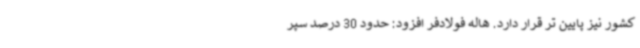
کشور نیز پایین تر قرار دارد. هاله فولادفر افزود: حدود 30 درصد سپر